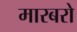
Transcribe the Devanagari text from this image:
मारबरो